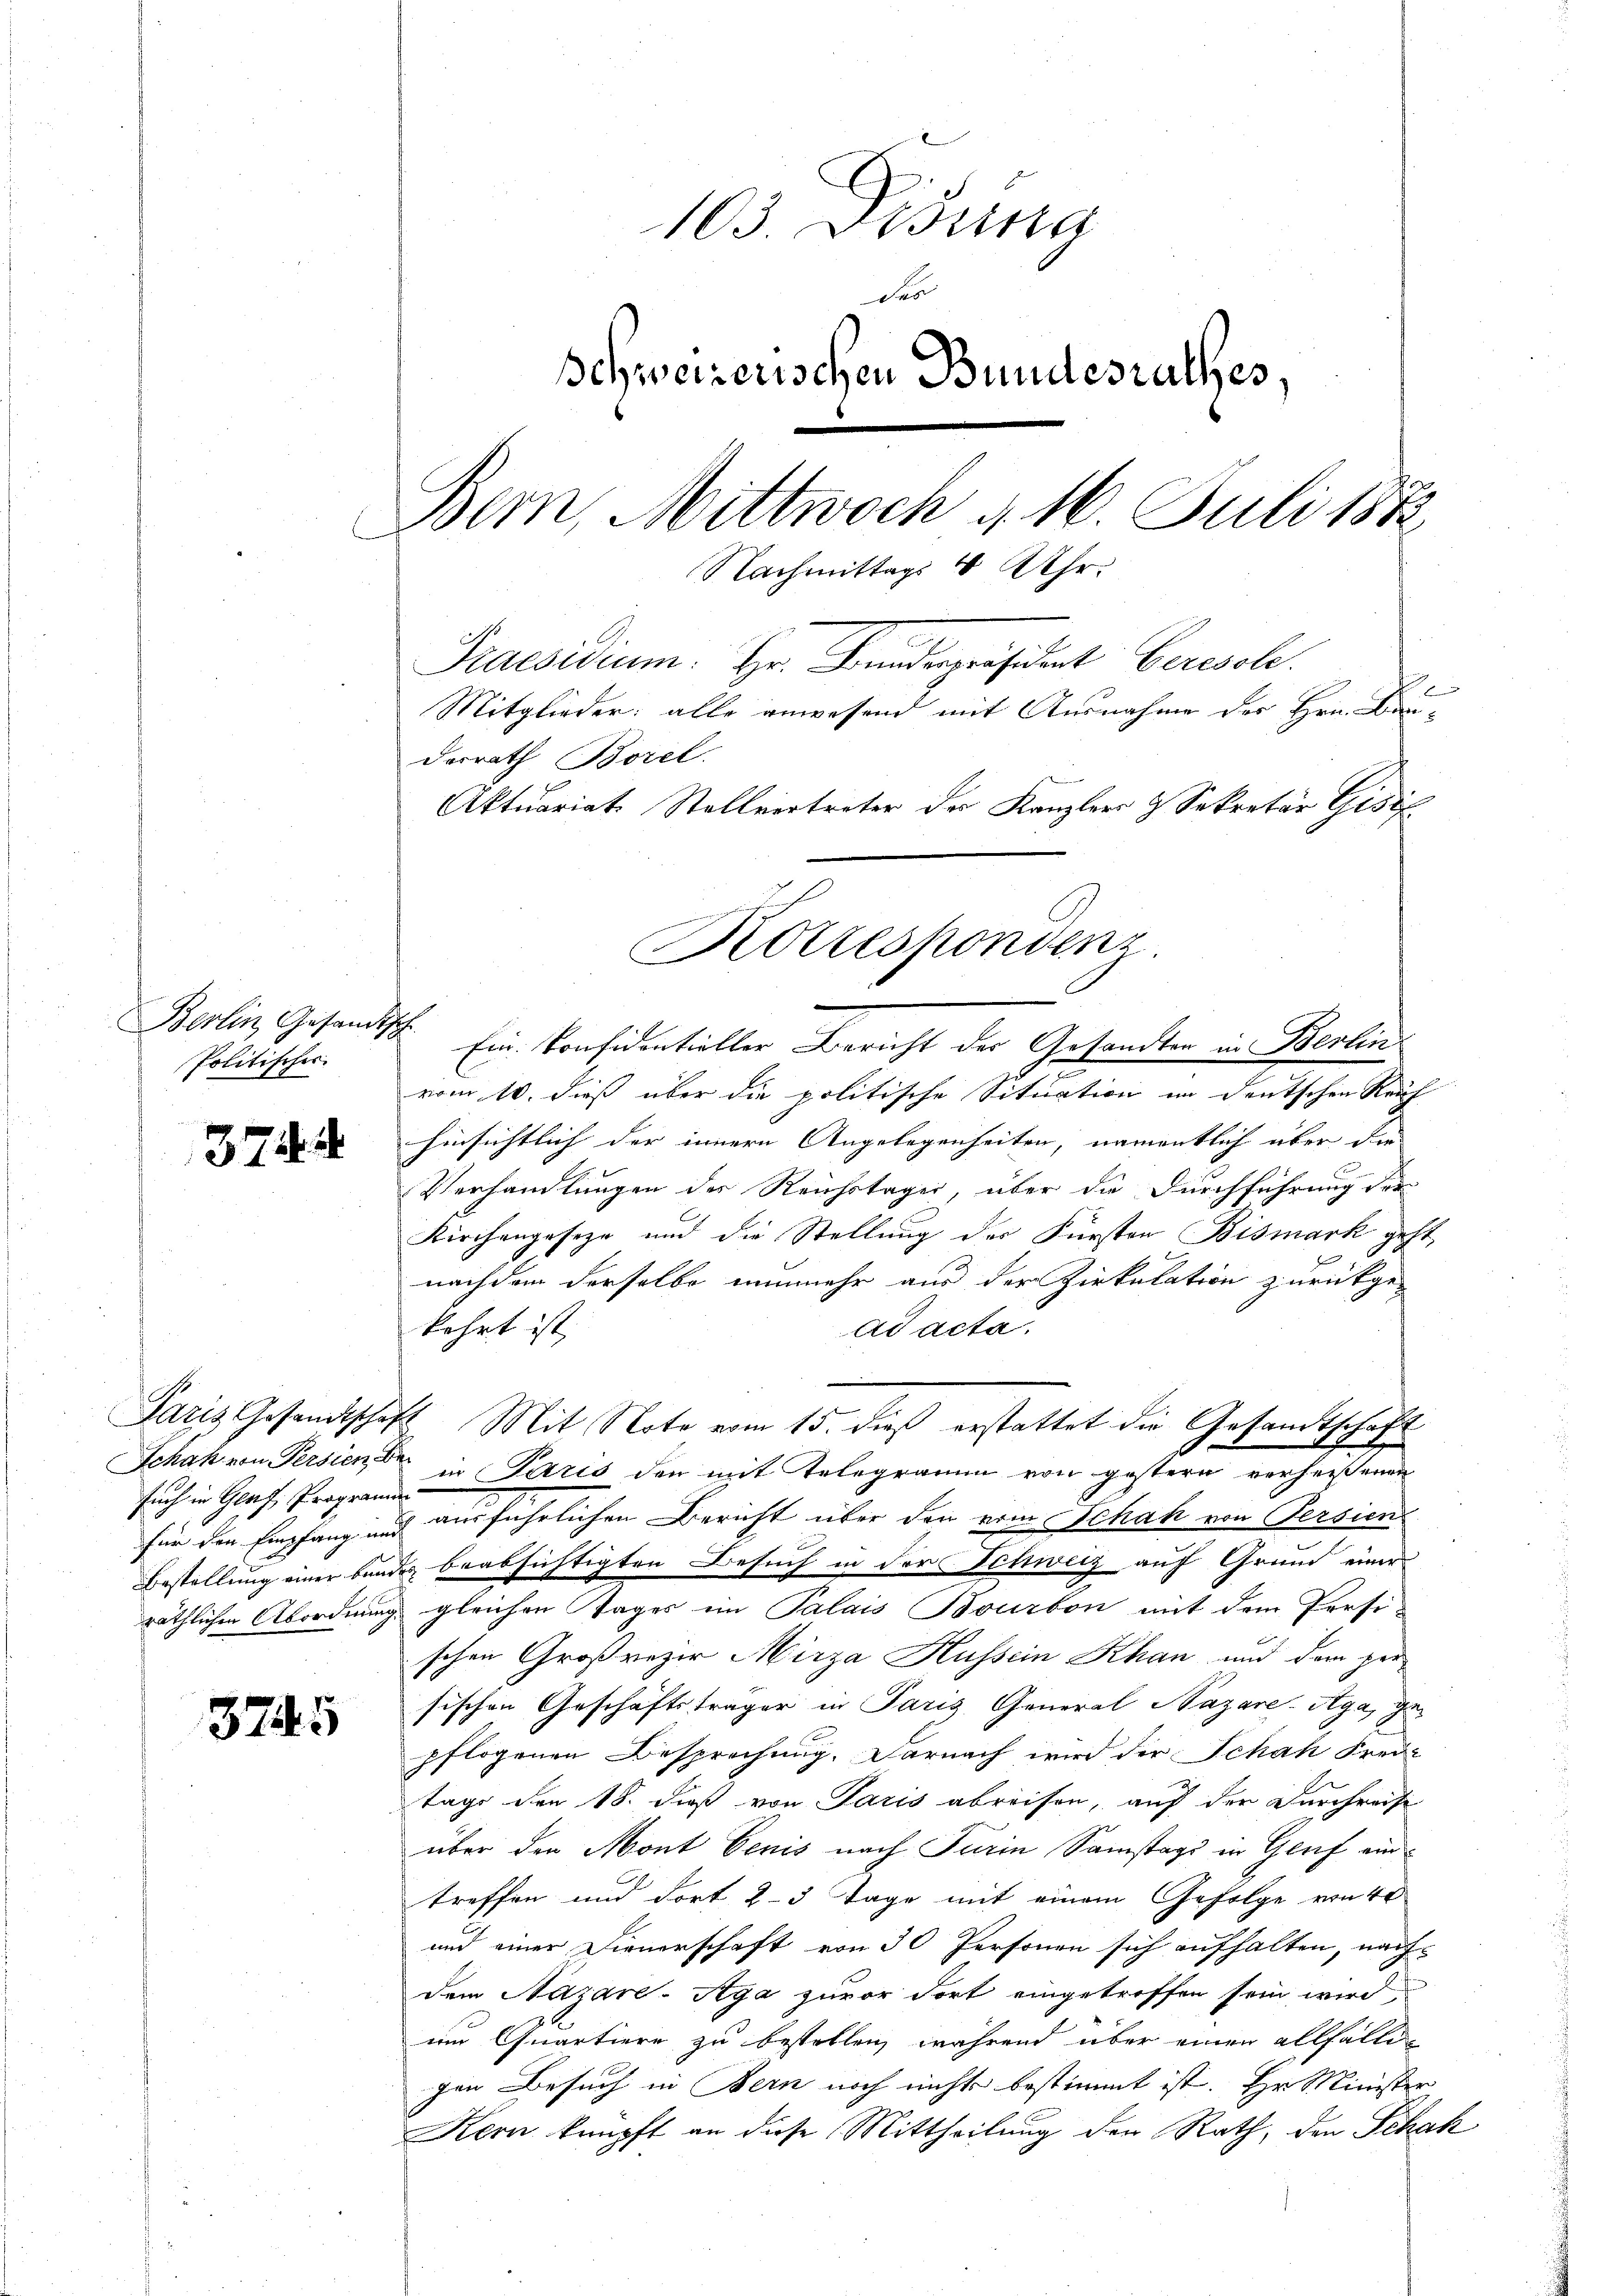
Berlin, Gesandtsch
Politischer.

374. 4

such in Glaf, Programmen

3745

103 Disena
12
Ichweizerischen Bundesrathes,
Bern, Mittwoch d. 16. Juli 1882
Nachmittags 4 Uhr.
Praesidium. Hr. Bundespräsident Ceresole
2
Mitglieder: alle anwesend mit Ausnahme des Hrn. Bau¬
Dorrath Borel.
Aktuariat. Stellvertreter der Kanzlers & Sekretär Gisi

Ein Konfidentieller Bericht der Gesandten in Berlin
vom 10. dieß über die politische Situation im Deutschen Reich
hinsichtlich der innern Angelegenheiten, namentlich über die
Verhandlungen der Reichstages, über die Durchführung der
Kirchengeseze und die Stellung des Fürsten Bismark geht,
u
nachdem derselbe nunmehr aus der Zirkulation zurückge-
kehrt ist,
ad acta.
Paris Gesandtschaft Mit Note vom 15. dieß erstattet die Gesandtschaft
Schak von Persien in Paris den mit Telegramm von gestern verheißenen
für den Empfang und ausführlichen Bericht über den vom Schah von Persien
Bestellung einer bandes beabsichtigten Besuch in der Schweiz auf Grund einer
räthlichen Abordnung gleichen Tages im Palais Bourbon mit dem Persi-
schen Großrezer Mirza Hussein Khan und dem per
sischen Geschäftsträger in Paris General Nazare-Aga, gepflogenen Besprechung. Darnach wird der Schah Frei-
tage den 18. dieß von Paris abreisen, auf der Durchreise
über den Mont Oenis nach Furin Samstags in Genf eintreffen und dort 2-3 Tage mit einem Gefolge von 40
und einer Dienerschaft von 30 Personen sich aufhalten, nach
dem Nazare-Aga zuvor dort eingetroffen sein wird,
und Quartiere zu bestellen, während über einen allfälligen Besuch in Bern noch nichts bestimmt ist. Hr Minister
Kern knüpft an diese Mittheilung den Rath, den Schak

Korrespondenz.